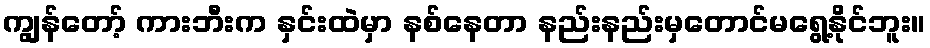
ကျွန်တော့် ကားဘီးက နှင်းထဲမှာ နစ်နေတာ နည်းနည်းမှတောင်မရွေ့နိုင်ဘူး။